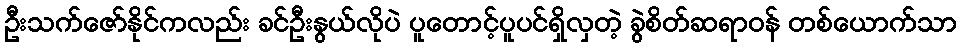
ဦးသက်ဇော်နိုင်ကလည်း ခင်ဦးနွယ်လိုပဲ ပူတောင့်ပူပင်ရှိလှတဲ့ ခွဲစိတ်ဆရာဝန် တစ်ယောက်သာ